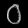
Digit: ၀